Vaccination in the Punjab 1905-1918 - 1905-1918
Year: 1905
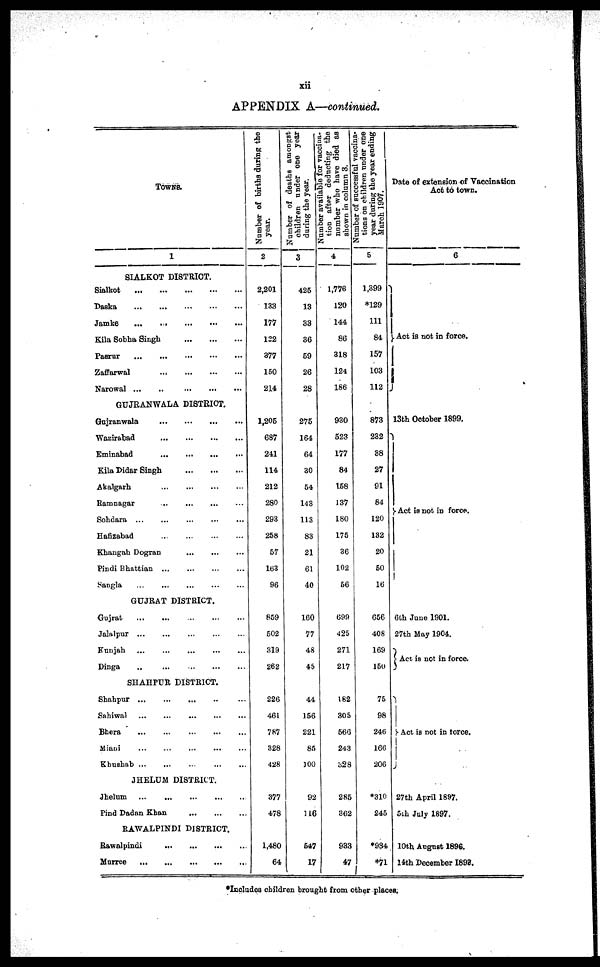
xii
APPENDIX A—continued.
TOWNS.
1
SIALKOT DISTRICT.
Sialkot
...
...
...
...
...
Daska
...
...
...
...
...
Jamke
...
...
...
...
...
Kila Sobha Singh
...
...
...
Pasrur
...
...
...
...
...
Zaffarwal
...
...
...
...
Narowal
...
...
...
...
GUJRANWALA DISTRICT.
Gujranwala
...
...
...
...
...
Wazirabad
...
...
...
...
...
Eminabad
...
...
...
...
Kila Didar Singh
...
...
...
...
Akalgarh
...
...
...
...
...
Ramnagar
...
...
...
...
...
Sohdara
...
...
...
...
...
Hafizabad
...
...
...
...
...
Khangah Dogran
...
...
...
...
Pindi Bhattian ... ... ... ... ...
Sangla
...
...
...
...
...
GUJRAT DISTRICT.
Gujrat
...
...
...
...
...
Jalalpur ... ... ... ... ...
Kunjah ... ... ... ... ...
Dinga
...
...
...
...
...
SHAHPUR DISTRICT.
Shahpur ... ... ... ... ...
Sahiwal
...
...
...
...
...
Bhera
...
...
...
...
...
Miani
...
...
...
...
...
Khushsb
...
...
...
...
JHELUM DISTRICT.
Jhelum
...
...
...
...
...
Pind Dadan Khan
...
...
...
RAWALPINDI DISTRICT.
Rawalpindi
...
...
...
...
Murree
...
...
...
...
...
Number of births during the
year.
2
2,201
138
177
122
377
150
214
1,205
687
241
114
212
280
293
258
57
163
96
859
502
319
262
226
461
787
328
428
377
478
1,480
64
Number of deaths amongst
children under one year
during the year.
3
425
13
33
36
59
26
28
275
164
64
30
54
143
113
83
21
61
40
160
77
48
45
44
156
221
85
100
92
116
547
17
Number available for vaccina-
tion after deducting the
number who have died as
shown in column 8.
4
1,776
120
144
86
318
124
186
930
523
177
84
158
137
180
175
36
102
56
699
425
271
217
182
305
566
243
328
285
362
933
47
Number of successful vaccina-
tions on children under one
year during the year ending
March 1907.
5
1,399
*129
111
84
157
103
112
873
232
88
27
91
84
120
182
20
50
16
656
408
169
150
75
98
246
166
206
310
245
*934
*71
Data of extension of Vaccination
Act to town.
6
Act is not in force.
13th October 1899.
Act is not in force.
6th June 1901.
27th May 1904.
Act is not in force.
Act is not in force.
27th April 1897.
5 th July 1897.
10th August 1896.
14th December 1899.
*Includes children brought from other places.